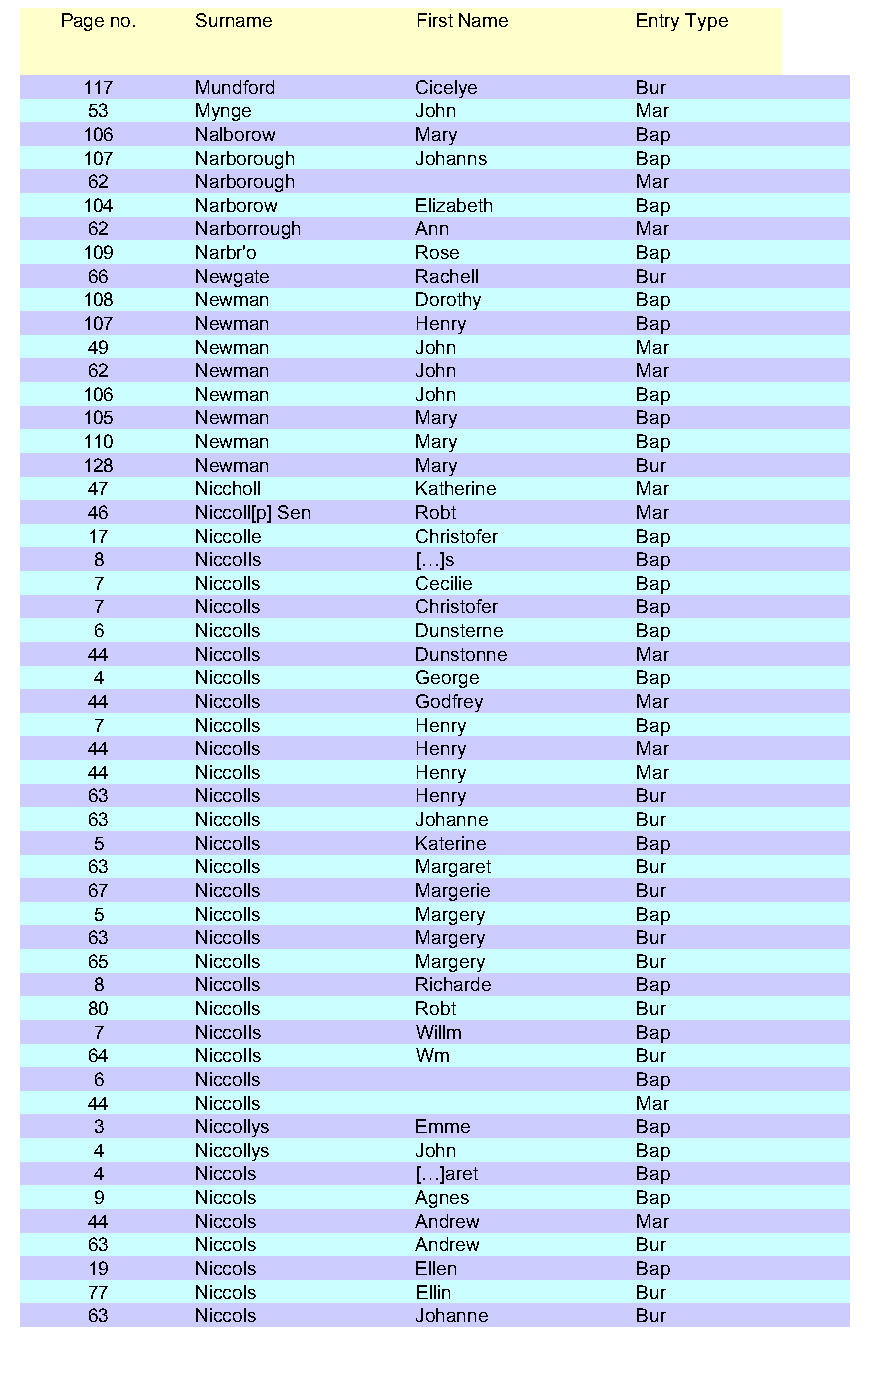
Page no. Surname        First Name    Entry Type
 117    Mundford       Cicelye       Bur
 53     Mynge          John          Mar
 106    Nalborow       Mary          Bap
 107    Narborough     Johanns       Bap
 62     Narborough                   Mar
 104    Narborow       Elizabeth     Bap
 62     Narborrough    Ann           Mar
 109    Narbr'o        Rose          Bap
 66     Newgate        Rachell       Bur
 108    Newman         Dorothy       Bap
 107    Newman         Henry         Bap
 49     Newman         John          Mar
 62     Newman         John          Mar
 106    Newman         John          Bap
 105    Newman         Mary          Bap
 110    Newman         Mary          Bap
 128    Newman         Mary          Bur
 47     Niccholl       Katherine     Mar
 46     Niccoll[p] Sen Robt          Mar
 17     Niccolle       Christofer    Bap
 8     Niccolls       […]s          Bap
 7     Niccolls       Cecilie       Bap
 7     Niccolls       Christofer    Bap
 6     Niccolls       Dunsterne     Bap
 44     Niccolls       Dunstonne     Mar
 4     Niccolls       George        Bap
 44     Niccolls       Godfrey       Mar
 7     Niccolls       Henry         Bap
 44     Niccolls       Henry         Mar
 44     Niccolls       Henry         Mar
 63     Niccolls       Henry         Bur
 63     Niccolls       Johanne       Bur
 5     Niccolls       Katerine      Bap
 63     Niccolls       Margaret      Bur
 67     Niccolls       Margerie      Bur
 5     Niccolls       Margery       Bap
 63     Niccolls       Margery       Bur
 65     Niccolls       Margery       Bur
 8     Niccolls       Richarde      Bap
 80     Niccolls       Robt          Bur
 7     Niccolls       Willm         Bap
 64     Niccolls       Wm            Bur
 6     Niccolls                     Bap
 44     Niccolls                     Mar
 3     Niccollys      Emme          Bap
 4     Niccollys      John          Bap
 4     Niccols        […]aret       Bap
 9     Niccols        Agnes         Bap
 44     Niccols        Andrew        Mar
 63     Niccols        Andrew        Bur
 19     Niccols        Ellen         Bap
 77     Niccols        Ellin         Bur
 63     Niccols        Johanne       Bur